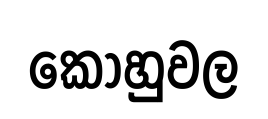
කොහුවල